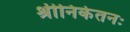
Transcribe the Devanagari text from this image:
श्रीनिकेतनः